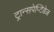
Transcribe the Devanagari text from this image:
ट्रान्सपेप्टिडेज़